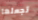
تجعلها